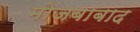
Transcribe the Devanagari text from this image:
मोजबाबाद